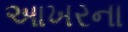
આખરના